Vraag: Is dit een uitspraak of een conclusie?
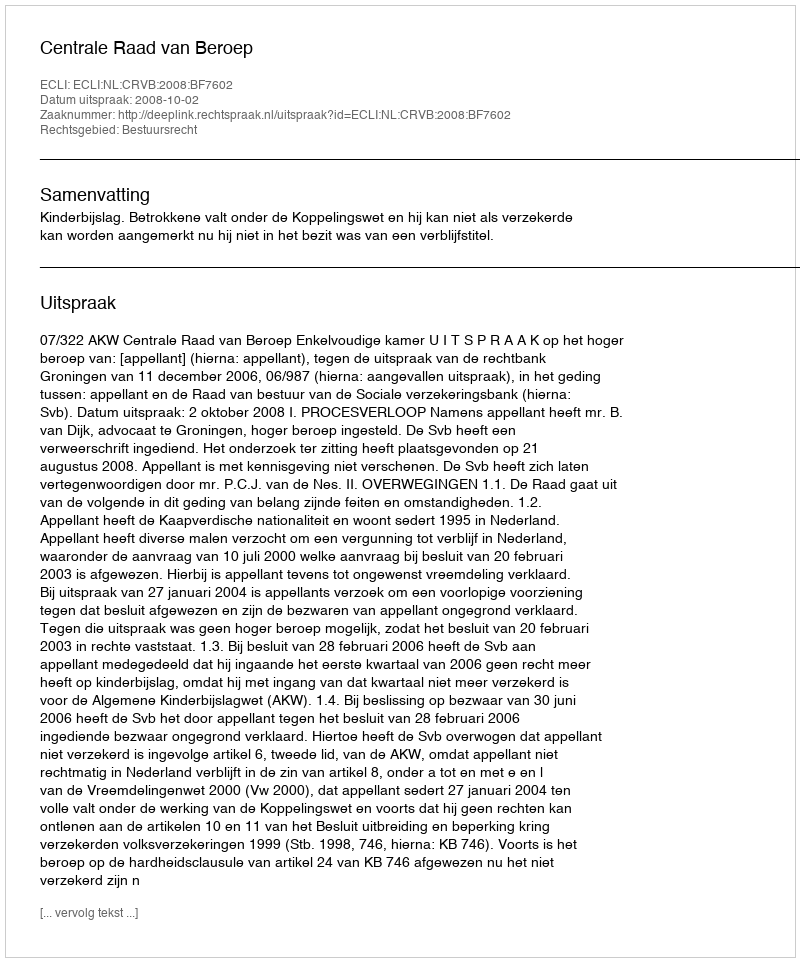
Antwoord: Uitspraak